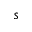
s